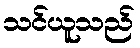
သင်ယူသည်